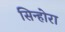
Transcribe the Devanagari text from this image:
सिन्होरा